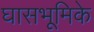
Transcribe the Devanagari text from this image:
घासभूमिके